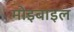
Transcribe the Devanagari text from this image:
मोइबाइल